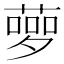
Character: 𦻸